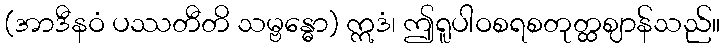
(အာဒီနဝံ ပဿတီတိ သမ္ဗန္ဓော) ဣဒံ၊ ဤရူပါဝစရစတုတ္ထဈာန်သည်။